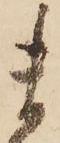
ま